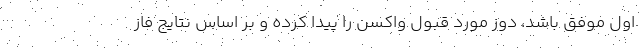
اول موفق باشد، دوز مورد قبول واکسن را پیدا کرده و بر اساس نتایج فاز